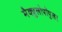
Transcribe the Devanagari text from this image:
मैक्युलोपॉपुलर